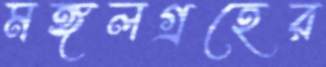
মঙ্গলগ্রহের